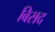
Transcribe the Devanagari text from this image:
बिसद